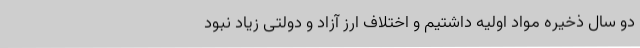
دو سال ذخیره مواد اولیه داشتیم و اختلاف ارز آزاد و دولتی زیاد نبود